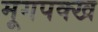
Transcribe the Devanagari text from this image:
मूगपक्ख